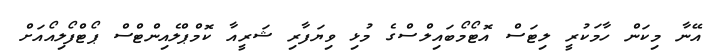
އޭނާ މިކަން ހާމަކުރީ ލިޓަސް އޮޓޯމޯބައިލްސްގެ މުޅި ވިޔަފާރި ޝަރީއާ ކޮމްޕްލެއިންޓްސް ޕޯޓްފޯލިއޯއަށް